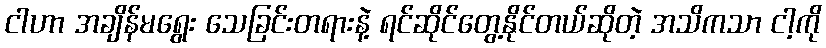
ငါဟာ အချိန်မရွေး သေခြင်းတရားနဲ့ ရင်ဆိုင်တွေ့နိုင်တယ်ဆိုတဲ့ အသိကသာ ငါ့ကို